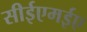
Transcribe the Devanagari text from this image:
सीईएमईए